Indian journal of veterinary science and animal husbandry - Volume 10,
Year: 1940
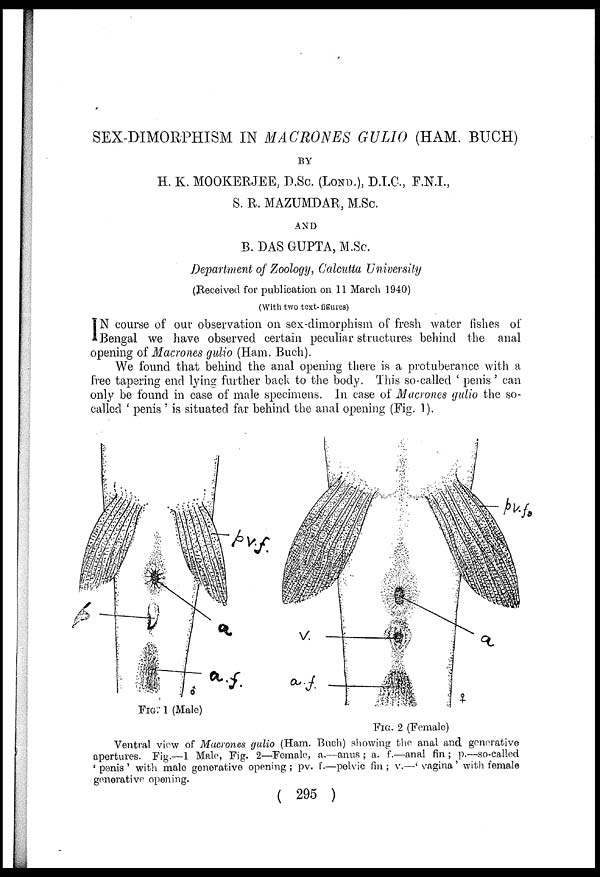
SEX-DIMORPHISM IN MACRONES GULIO (HAM. BUCH)
BY
H. K. MOOKERJEE, D.Sc. (LOND.), D.I.C., F.N.I.,
S. R. MAZUMDAR, M.Sc.
AND
B. DAS GUPTA, M.Sc.
Department of Zoology, Calcutta University
(Received for publication on 11 March 1940)
(With two text-figures)
I N course of our observation on sex-dimorphism of fresh water fishes of
Bengal we have observed certain peculiar structures behind the anal
opening of Macrones gulio (Ham. Buch).
We found that behind the anal opening there is a protuberance with a
free tapering end lying further back to the body. This so-called ' penis ' can
only be found in case of male specimens. In case of Macrones gulio the so-
called ' penis ' is situated far behind the anal opening (Fig. 1).
FIG. 1 (Male)
FIG. 2 (Female)
Ventral view of Macrones gulio (Ham. Buch) showing the anal and generative
apertures. Fig.—1 Male, Fig. 2—Female, a.—anus ; a. f.—anal fin ; p.—so-called.
' penis ' with male generative opening ; pv. f.—pelvic fin ; v.—' vagina' with female
generative opening.
( 295 )